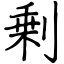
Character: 剰